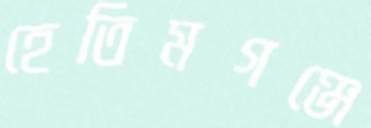
হেতিমগঞ্জে